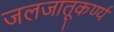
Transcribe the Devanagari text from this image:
जलजातूकर्ण्य